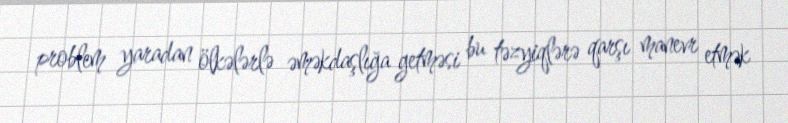
problem yaradan ölkələrlə əməkdaşlığa getməsi bu təzyiqlərə qarşı manevr etmək